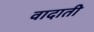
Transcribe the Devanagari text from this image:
वादाती